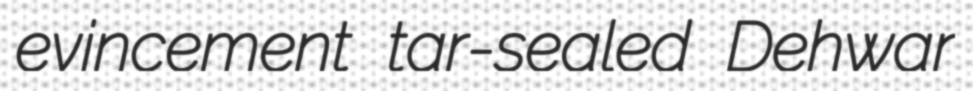
evincement tar-sealed Dehwar